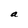
Character: a